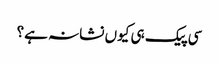
سی پیک ہی کیوں نشانہ ہے؟